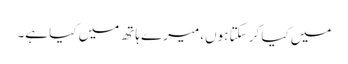
میں کیا کر سکتا ہوں، میرے ہاتھ میں کیا ہے۔